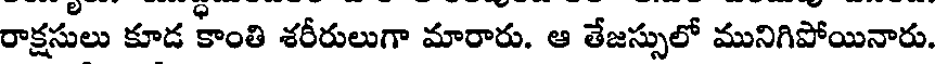
రాక్షసులు కూడ కాంతి శరీరులుగా మారారు. ఆ తేజస్సులో మునిగిపోయినారు.